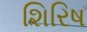
શિરિષ